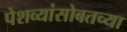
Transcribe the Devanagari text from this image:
पेशव्यांसोबतच्या